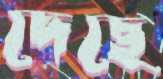
দেছে